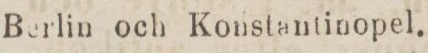
Berlin och Konstantinopel.